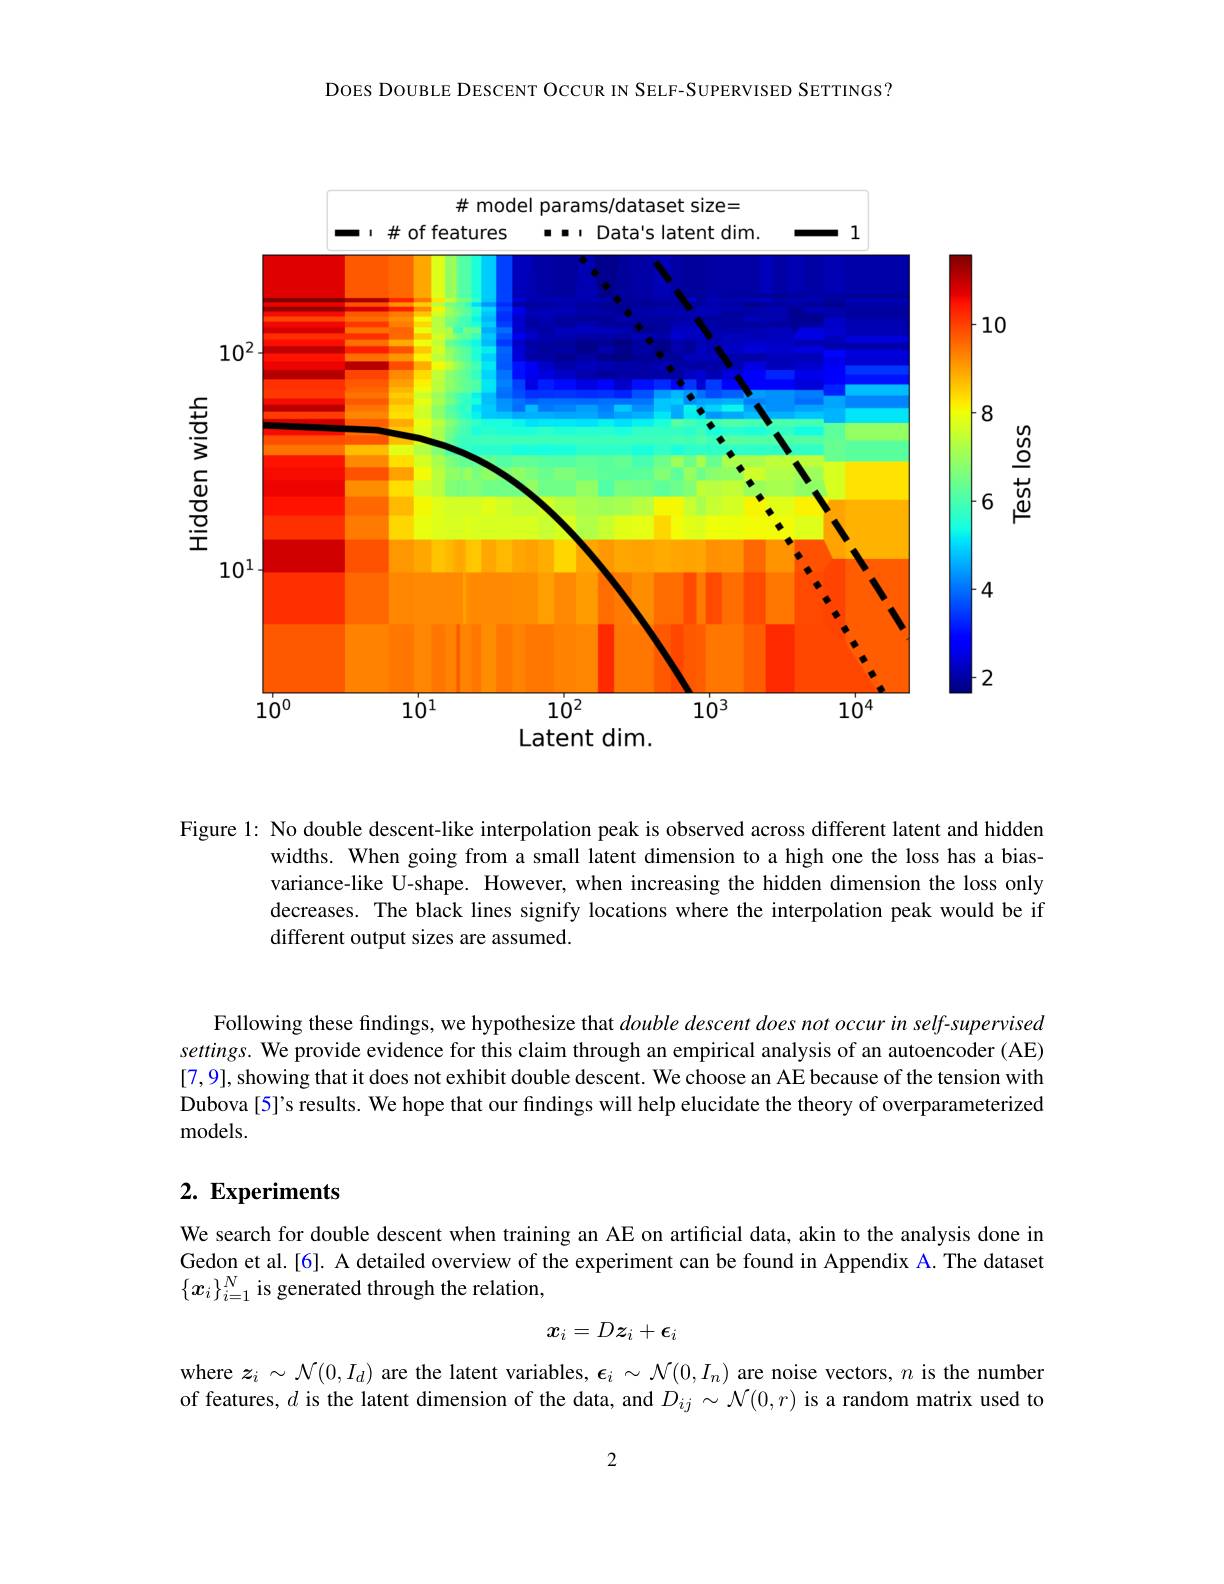
DOES DOUBLE DESCENT OCCUR IN SELF-SUPERVISED SETTINGS?

10
<FigureHere>

862
Latent dim.

Test loss

Figure 1: No double descent-like interpolation peak is observed across different latent and hidden
widths. When going from a small latent dimension to a high one the loss has a biasvariance-like U-shape. However, when increasing the hidden dimension the loss only decreases. The black lines signify locations where the interpolation peak would be if different output sizes are assumed.

Following these findings, we hypothesize that double descent does not occur in self-supervised settings. We provide evidence for this claim through an empirical analysis of an autoencoder (AE) [7,9], showing that it does not exhibit double descent. We choose an AE because of the tension with Dubova [5]'s results. We hope that our findings will help elucidate the theory of overparameterized models.

## $2. \textbf{ Experiments}$

We search for double descent when training an AE on artificial data, akin to the analysis done in Gedon et al.[6]. A detailed overview of the experiment can be found in Appendix A. The dataset $\{x_i\}_{i=1}^N$ is generated through the relation,
$$x_i=Dz_i+\epsilon_i$$
where $\boldsymbol{z}_i\sim\mathcal{N}(0,I_d)$ are the latent variables, $\epsilon_i\sim\mathcal{N}(0,I_n)$ are noise vectors, $n$ is the number of features, $d$ is the latent dimension of the data, and $D_ij\sim\mathcal{N}(0,r)$ is a random matrix used to

2